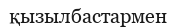
қызылбастармен